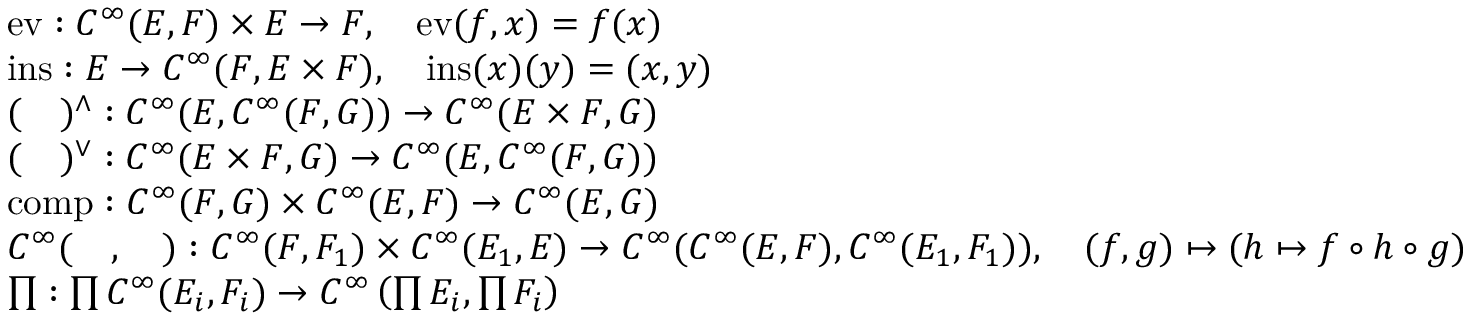
{ \begin{array} { r l } & { \operatorname { e v } : C ^ { \infty } ( E , F ) \times E \to F , \quad { \mathrm { e v } } ( f , x ) = f ( x ) } \\ & { \operatorname { i n s } : E \to C ^ { \infty } ( F , E \times F ) , \quad { \mathrm { i n s } } ( x ) ( y ) = ( x , y ) } \\ & { ( \quad ) ^ { \wedge } : C ^ { \infty } ( E , C ^ { \infty } ( F , G ) ) \to C ^ { \infty } ( E \times F , G ) } \\ & { ( \quad ) ^ { \vee } : C ^ { \infty } ( E \times F , G ) \to C ^ { \infty } ( E , C ^ { \infty } ( F , G ) ) } \\ & { \operatorname { c o m p } : C ^ { \infty } ( F , G ) \times C ^ { \infty } ( E , F ) \to C ^ { \infty } ( E , G ) } \\ & { C ^ { \infty } ( \quad , \quad ) : C ^ { \infty } ( F , F _ { 1 } ) \times C ^ { \infty } ( E _ { 1 } , E ) \to C ^ { \infty } ( C ^ { \infty } ( E , F ) , C ^ { \infty } ( E _ { 1 } , F _ { 1 } ) ) , \quad ( f , g ) \mapsto ( h \mapsto f \circ h \circ g ) } \\ & { \prod : \prod C ^ { \infty } ( E _ { i } , F _ { i } ) \to C ^ { \infty } \left( \prod E _ { i } , \prod F _ { i } \right) } \end{array} }